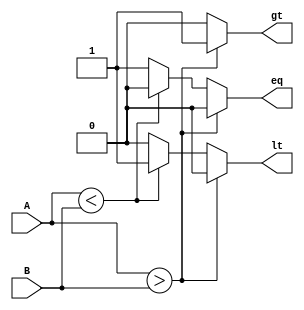
`timescale 1ns / 1ps

// COMPARE
module COMP #(parameter DATAWIDTH = 4)(A, B, gt, lt, eq);
	input      [DATAWIDTH-1:0] A, B;
	output reg                 gt, lt, eq;

	always @(A,B) begin
		gt <= 0; lt <= 0; eq <= 0;
        
		if ($signed({1'b0,A}) > B) //convert unsigned to signed
			gt<=1;
		else if ($signed({1'b0,A}) < B) //convert unsigned to signed
			lt<=1;
		else begin
			eq<=1;
		end
	end
endmodule